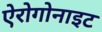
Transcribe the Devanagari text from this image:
ऐरोगोनाइट